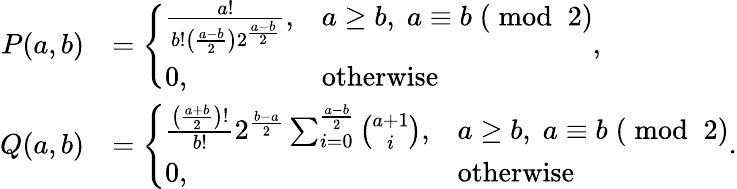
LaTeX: \begin{array}{rl}{P(a,b)}&{=\left\{ \begin{array}{ll}{\frac{a!}{b!\left(\frac{a-b}{2}\right)2^{\frac{a-b}{2}}},}&{a\geq b,\; a\equiv b\; (\bmod\; 2)}\\ {0,}&{\mathrm{otherwise}}\end{array}\right.,}\\ {Q(a,b)}&{=\left\{ \begin{array}{ll}{\frac{\left(\frac{a+b}{2}\right)!}{b!}2^{\frac{b-a}{2}}\sum_{i=0}^{\frac{a-b}{2}}{\binom{a+1}{i}},}&{a\geq b,\; a\equiv b\; (\bmod\; 2)}\\ {0,}&{\mathrm{otherwise}}\end{array}\right..}\end{array}